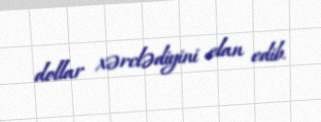
dollar xərclədiyini elan edib.